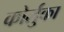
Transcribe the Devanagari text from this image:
कोर्लुका